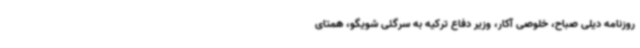
روزنامه دیلی صباح، خلوصی آکار، وزیر دفاع ترکیه به سرگئی شویگو، همتای